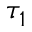
\tau _ { 1 }